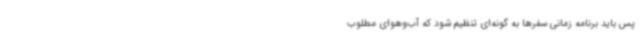
پس باید برنامه زمانی سفرها به گونه‌ای تنظیم شود که آب‌وهوای مطلوب